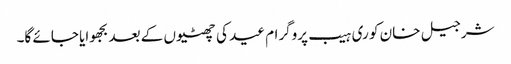
شرجیل خان کو ری ہیب پروگرام عید کی چھٹیوں کے بعد بجھوایا جائے گا۔